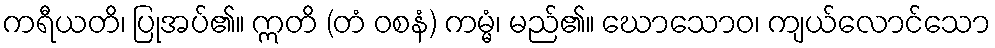
ကရီယတိ၊ ပြုအပ်၏။ ဣတိ (တံ ဝစနံ) ကမ္မံ၊ မည်၏။ ဃောသောဝ၊ ကျယ်လောင်သော